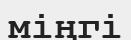
міңгі